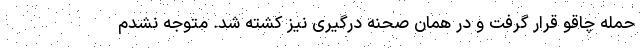
حمله چاقو قرار گرفت و در همان صحنه درگیری نیز کشته شد. متوجه نشدم